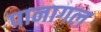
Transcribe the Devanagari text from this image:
पानागल